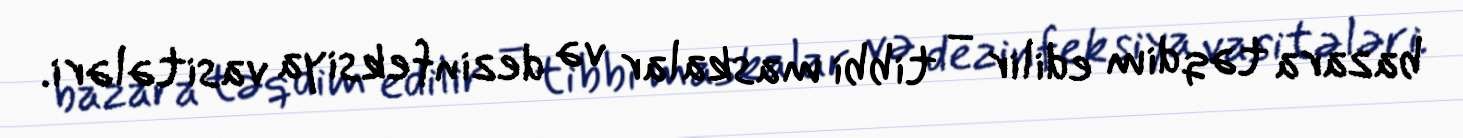
bazara təqdim edilir – tibbi maskalar və dezinfeksiya vasitələri.